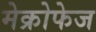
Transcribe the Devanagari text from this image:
मेक्रोफेज